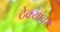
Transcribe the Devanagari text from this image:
ठेक्यांवर